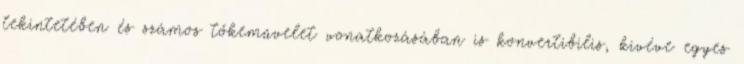
tekintetében és számos tőkeművelet vonatkozásában is konvertibilis, kivéve egyes